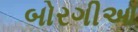
બોરગીઆ